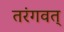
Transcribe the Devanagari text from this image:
तरंगवत्